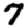
Digit: 7